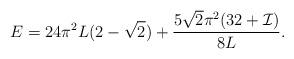
LaTeX: \begin{align*}E = 24 \pi^2 L (2 -\sqrt{2})+ \frac{5 \sqrt{2} \pi^2 (32 + {\cal I})}{8 L}.\end{align*}